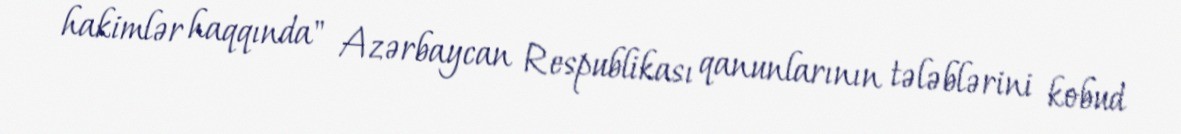
hakimlər haqqında" Azərbaycan Respublikası qanunlarının tələblərini kobud